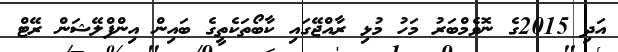
އަދި 2015ގެ ނޮވެމްބަރު މަހު މުޅި ރާއްޖޭގައި ކާބޯތަކެތީގެ ބައިން އިންފްލޭޝަން ރޭޓް